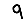
Digit: 9